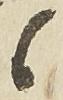
候